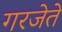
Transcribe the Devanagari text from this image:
गरजेते